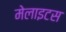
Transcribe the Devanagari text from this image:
मेलाइटस